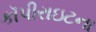
કૉપીરાઇટના